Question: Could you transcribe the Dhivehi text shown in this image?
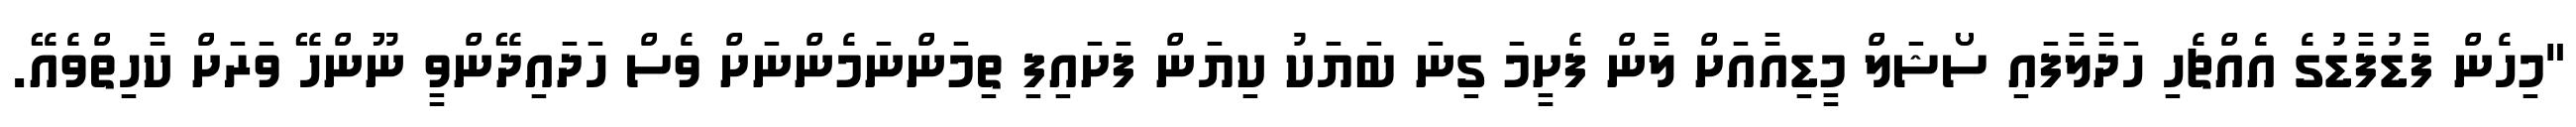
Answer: "މިހެން ފާޑުފާޑުގެ އެއްޗެހި ހަދާލާފައި ސޯޝަލް މީޑިއާއަށް ލާން ފެށީމަ ގިނަ ބަޔަކު ކިޔަން ފަށައިފި ތިމަންނަމެންނަށް ވެސް ހަދައިދޭންވީ ނޫންހޭ ވަރަށް ކާހިތްވެއޭ.